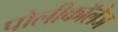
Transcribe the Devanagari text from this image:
पोलीकॉलेज